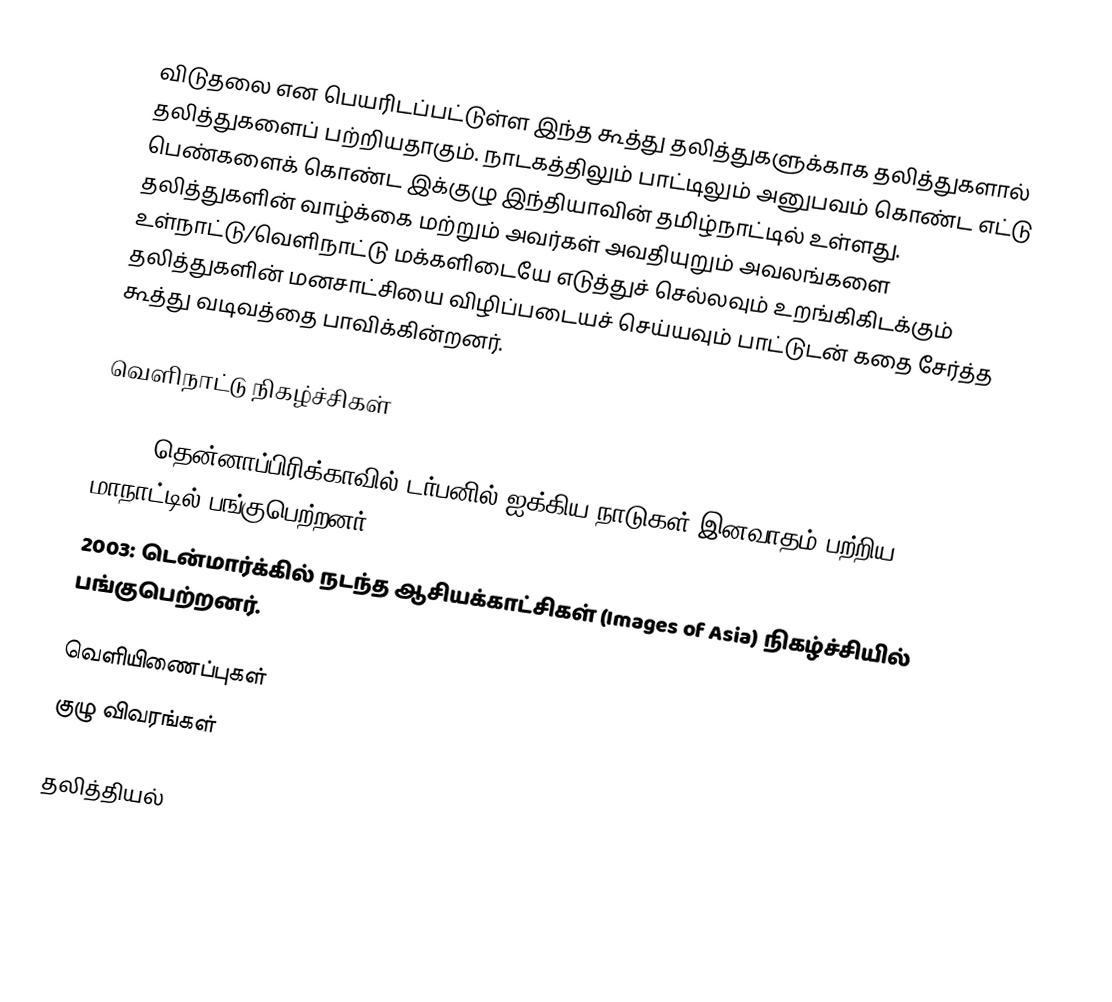
விடுதலை என பெயரிடப்பட்டுள்ள இந்த கூத்து தலித்துகளுக்காக தலித்துகளால் தலித்துகளைப் பற்றியதாகும். நாடகத்திலும் பாட்டிலும் அனுபவம் கொண்ட எட்டு பெண்களைக் கொண்ட  இக்குழு இந்தியாவின் தமிழ்நாட்டில் உள்ளது. தலித்துகளின் வாழ்க்கை மற்றும் அவர்கள் அவதியுறும் அவலங்களை உள்நாட்டு/வெளிநாட்டு மக்களிடையே எடுத்துச் செல்லவும் உறங்கிகிடக்கும் தலித்துகளின் மனசாட்சியை விழிப்படையச் செய்யவும் பாட்டுடன் கதை சேர்த்த கூத்து வடிவத்தை பாவிக்கின்றனர்.

வெளிநாட்டு நிகழ்ச்சிகள்

2001: தென்னாப்பிரிக்காவில் டர்பனில் ஐக்கிய நாடுகள் இனவாதம் பற்றிய மாநாட்டில் பங்குபெற்றனர்.
2003: டென்மார்க்கில் நடந்த ஆசியக்காட்சிகள் (Images of Asia) நிகழ்ச்சியில் பங்குபெற்றனர்.

வெளியிணைப்புகள்
குழு விவரங்கள்

தலித்தியல்